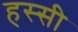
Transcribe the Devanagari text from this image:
हस्सी